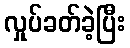
လှုပ်ခတ်ခဲ့ပြီး